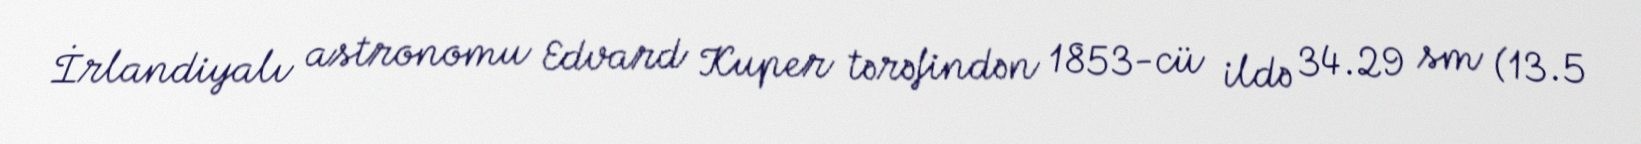
İrlandiyalı astronomu Edvard Kuper tərəfindən 1853-cü ildə 34.29 sm (13.5